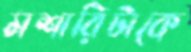
মশারিটাকে